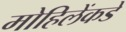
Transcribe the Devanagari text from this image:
मोहिलेंकडे